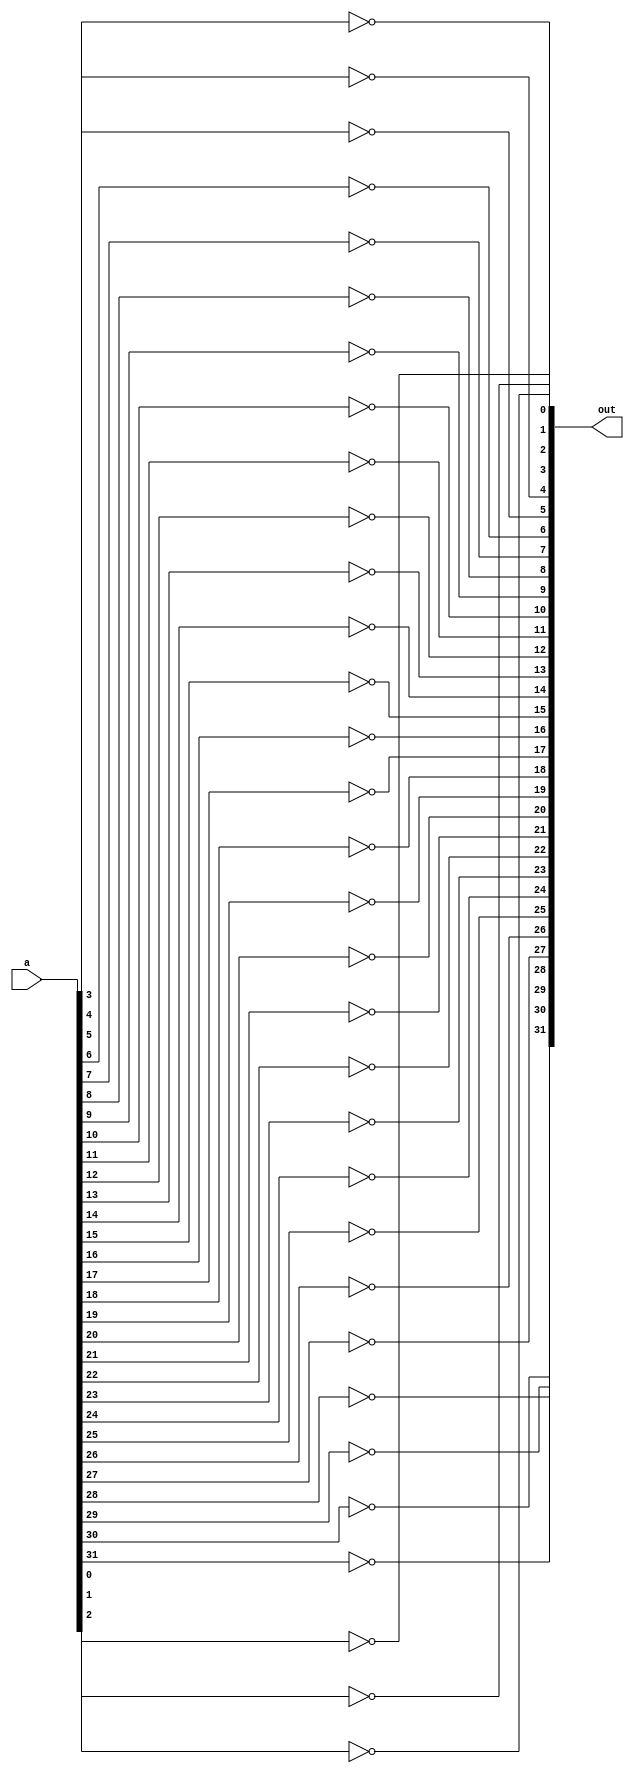
module not_32(
	input [31:0] a, //input value
	output [31:0] out //output value
	);

	//output is the inverse of a
	assign out[0] 	=  !a[0]; 
	assign out[1] 	=  !a[1]; 
	assign out[2] 	=  !a[2]; 
	assign out[3] 	=  !a[3]; 
	assign out[4] 	=  !a[4]; 
	assign out[5] 	=  !a[5]; 
	assign out[6] 	=  !a[6]; 
	assign out[7] 	=  !a[7]; 
	assign out[8] 	=  !a[8]; 
	assign out[9] 	=  !a[9]; 
	assign out[10]	=  !a[10]; 
	assign out[11] 	=  !a[11]; 
	assign out[12] 	=  !a[12]; 
	assign out[13] 	=  !a[13]; 
	assign out[14] 	=  !a[14]; 
	assign out[15] 	=  !a[15]; 
	assign out[16] 	=  !a[16]; 
	assign out[17] 	=  !a[17]; 
	assign out[18] 	=  !a[18]; 
	assign out[19] 	=  !a[19]; 
	assign out[20] 	=  !a[20]; 
	assign out[21] 	=  !a[21]; 
	assign out[22] 	=  !a[22]; 
	assign out[23] 	=  !a[23];
	assign out[24] 	=  !a[24]; 
	assign out[25]	=  !a[25]; 
	assign out[26] 	=  !a[26]; 
	assign out[27] 	=  !a[27]; 
	assign out[28] 	=  !a[28]; 
	assign out[29] 	=  !a[29]; 
	assign out[30] 	=  !a[30];
	assign out[31] 	=  !a[31];
endmodule